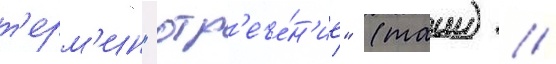
т'ерм'ин "отр'ече́н'ие" (таии) /